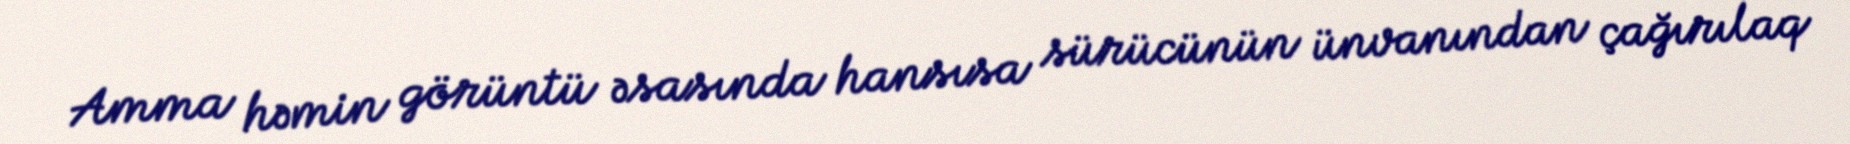
Amma həmin görüntü əsasında hansısa sürücünün ünvanından çağırılaq